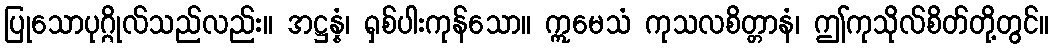
ပြုသောပုဂ္ဂိုလ်သည်လည်း။ အဋ္ဌန္နံ၊ ရှစ်ပါးကုန်သော။ ဣမေသံ ကုသလစိတ္တာနံ၊ ဤကုသိုလ်စိတ်တို့တွင်။